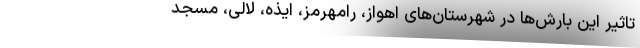
تاثیر این بارش‌ها در شهرستان‌های اهواز، رامهرمز، ایذه، لالی، مسجد